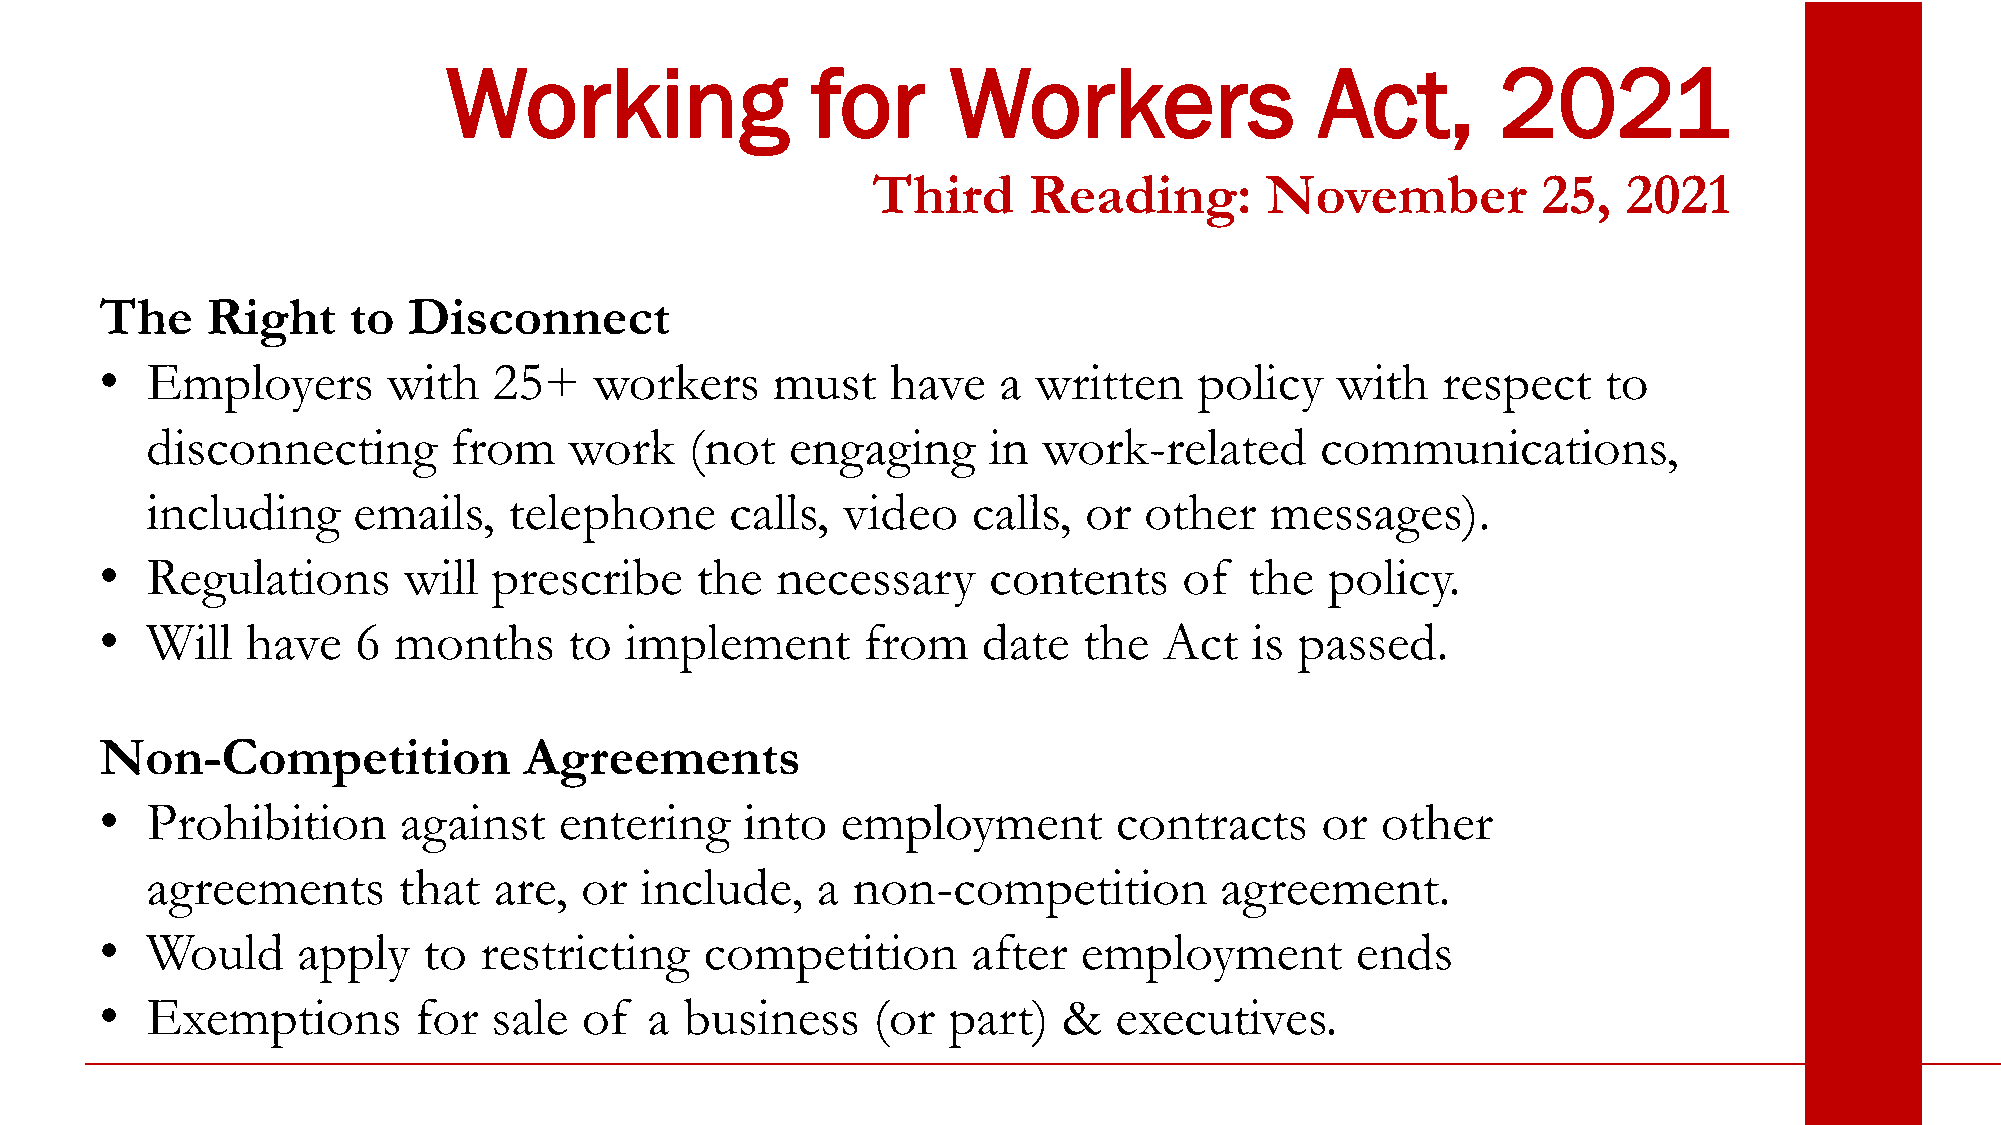
Working                 for      Workers                 Act,        2021
 Third     Reading:        November          25,   2021
 The    Right    to  Disconnect
 •  Employers       with   25+   workers     must    have   a written    policy   with   respect    to
 disconnecting       from    work    (not  engaging     in  work-related      communications,
 including    emails,    telephone     calls,  video   calls,  or  other   messages).
 •  Regulations      will  prescribe    the  necessary     contents     of   the  policy.
 •  Will  have    6 months      to implement       from    date   the  Act   is passed.
 Non-Competition             Agreements
 •  Prohibition     against    entering    into   employment        contracts    or  other
 agreements      that   are, or  include,    a non-competition          agreement.
 •  Would     apply   to  restricting    competition      after   employment        ends
 •  Exemptions       for   sale  of  a business     (or  part)  &   executives.